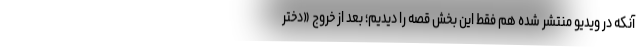
آنكه در ويديو منتشر شده هم فقط اين بخش قصه را ديديم؛ بعد از خروج «دختر